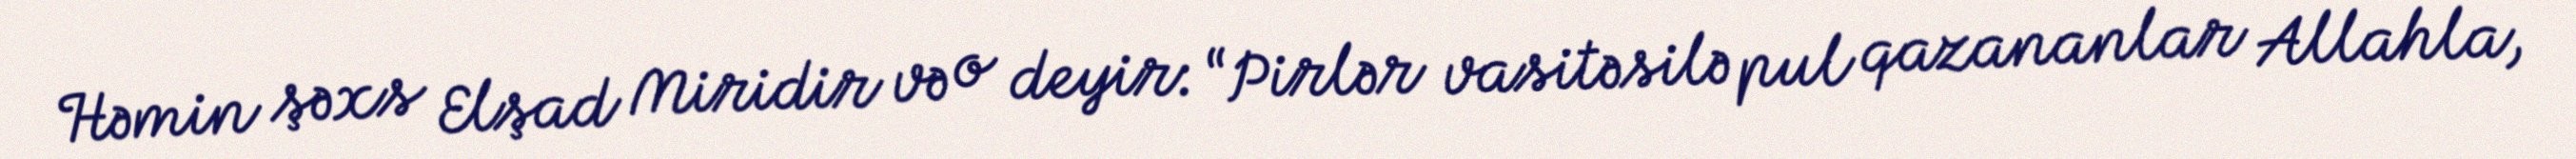
Həmin şəxs Elşad Miridir və o deyir: “Pirlər vasitəsilə pul qazananlar Allahla,